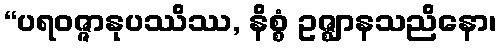
“ပရဝဇ္ဇာနုပဿိဿ, နိစ္စံ ဥဇ္ဈာနသညိနော၊